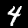
Label: 4